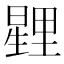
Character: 𭧰